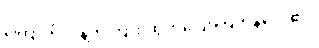
ကြောက်လန့်တကြား ထွက်ပြေးကြကုန်လေ၏။